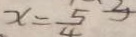
x = \frac { 5 } { 4 }